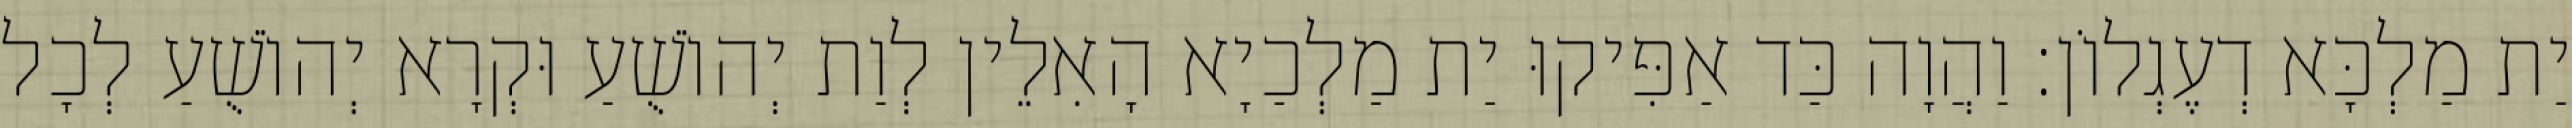
יַת מַלְכָּא דְעֶגְלוֹן׃ וַהֲוָה כַּד אַפִּיקוּ יַת מַלְכַיָא הָאִלֵין לְוַת יְהוֹשֻׁעַ וּקְרָא יְהוֹשֻׁעַ לְכָל